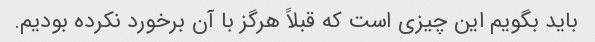
باید بگویم این چیزی است که قبلاً هرگز با آن برخورد نکرده بودیم.